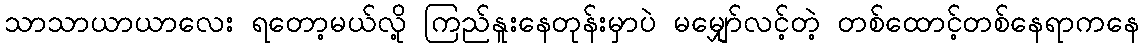
သာသာယာယာလေး ရတော့မယ်လို့ ကြည်နူးနေတုန်းမှာပဲ မမျှော်လင့်တဲ့ တစ်ထောင့်တစ်နေရာကနေ